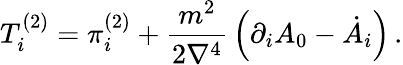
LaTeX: T_{i}^{(2)}=\pi_{i}^{(2)}+\frac{m^{2}}{2\nabla^{4}}\, \Bigl(\partial_{i}A_{0}-\dot{A}_{i}\Bigr)\, .